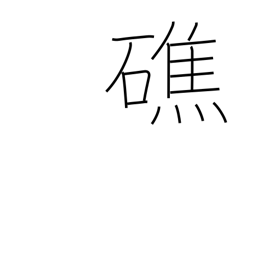
Meaning: sunken rock